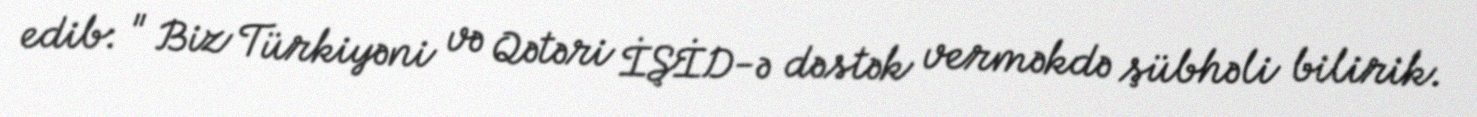
edib: " Biz Türkiyəni və Qətəri İŞİD-ə dəstək verməkdə şübhəli bilirik.